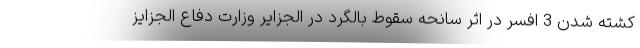
کشته شدن 3 افسر در اثر سانحه سقوط بالگرد در الجزایر وزارت دفاع الجزایز